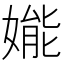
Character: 𱙦